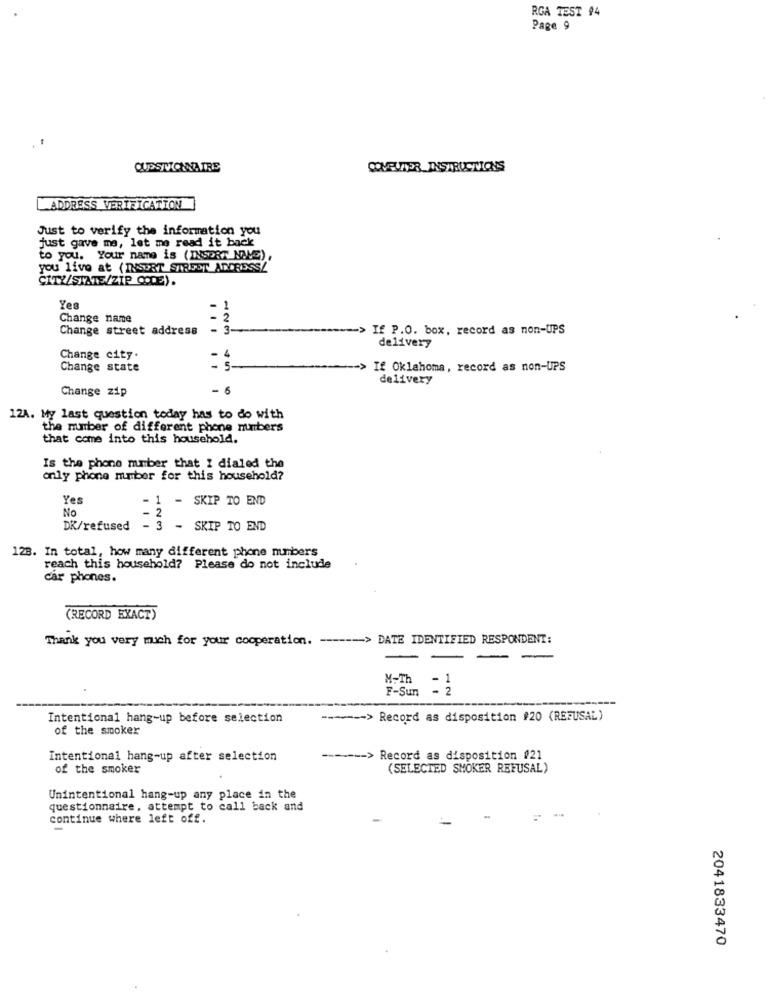
RGA TEST #4
Page 9
QUESTOINAIRE
COMPUTER INSTRUCTIONS
ADDRESS VERIFICATION
Just to verify the information you
just gave me, let me read it back
to you. Your name is (INSORT NAME)
you live at ( INSURT STREET ADDRESS!
CITY/SIATE/ZIP CODE).
Yes
-
1
Change name
2
Change street address
-
3
"> If P.O. box, record as non-UPS
4
delivery
Change city.
Change state
. 5-
If Oklahoma, record as non-UPS
delivery
Change zip
- 6
12A. My last question today has to do with
the number of different phone numbers
that come into this household.
Is the phone maber that I dialed the
only phone number for this household?
Yes
. 1
- SKIP TO END
No
DK/refused
- 3
- SKIP TO END
128. In total, how many different phone numbers
reach this household? Please do not include
car phones.
(RECORD EXACT)
Thank you very much for your cooperation. ------ > DATE IDENTIFIED RESPONDENT:
M-Th
F-Sun - 2
Intentional hang-up before selection
------- > Record as disposition #20 (REFUSAL)
of the smoker
Intentional hang-up after selection
------- > Record as disposition #21
of the smoker
(SELECTED SMOKER REFUSAL)
Unintentional hang-up any place in the
questionnaire, attempt to call back and
continue where left off.
2041833470